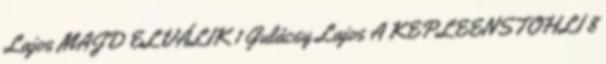
Lajos MAJD ELVÁLIK 1 Gulácsy Lajos A KEPLEENSTOHLI 8